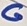
Text: G